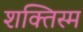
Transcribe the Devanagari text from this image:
शक्तिस्म